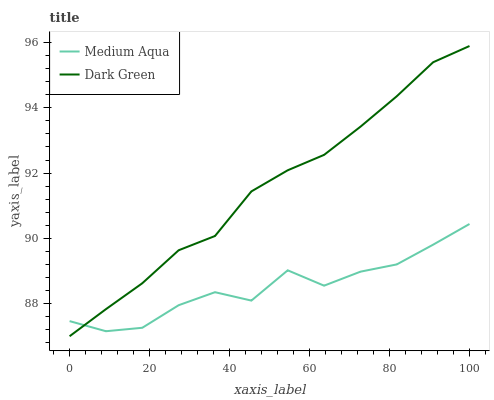
| xaxis_label | Medium Aqua | Dark Green |
 | --- | --- | --- |
 | 0 | 87.5 | 87 |
 | 9.09 | 87.2 | 87.8 |
 | 18.2 | 87.3 | 88.6 |
 | 27.3 | 88 | 89.6 |
 | 36.4 | 88.4 | 90.1 |
 | 45.5 | 88.1 | 91.4 |
 | 54.5 | 89 | 92.1 |
 | 63.6 | 88.5 | 92.6 |
 | 72.7 | 89 | 93.4 |
 | 81.8 | 89.2 | 94.4 |
 | 90.9 | 89.8 | 95.4 |
 | 100 | 90.4 | 95.9 |